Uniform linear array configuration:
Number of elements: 48
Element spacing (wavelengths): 0.5
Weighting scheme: uniform
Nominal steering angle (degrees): -60
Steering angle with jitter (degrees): -58.414
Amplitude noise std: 0.05
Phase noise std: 0.05

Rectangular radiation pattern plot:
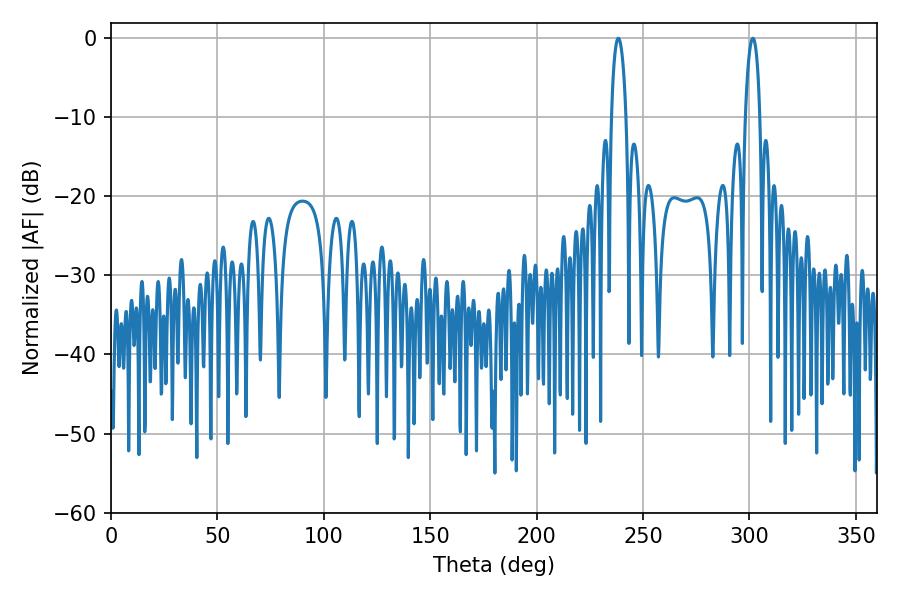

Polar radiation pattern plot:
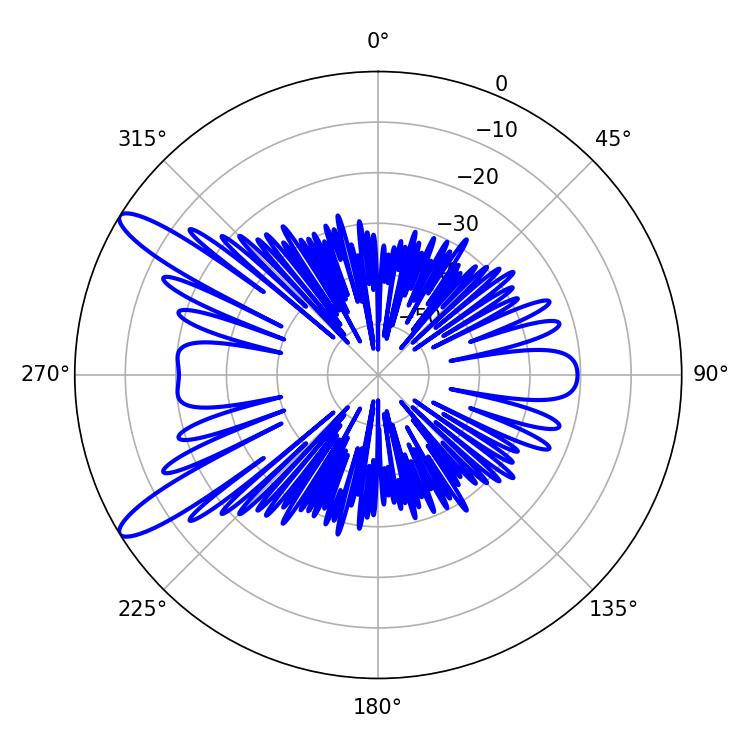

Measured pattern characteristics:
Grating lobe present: FALSE
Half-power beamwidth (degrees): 3.78
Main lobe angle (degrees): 238.32